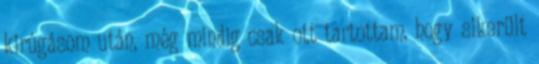
kirúgásom után, még mindig csak ott tartottam, hogy sikerült